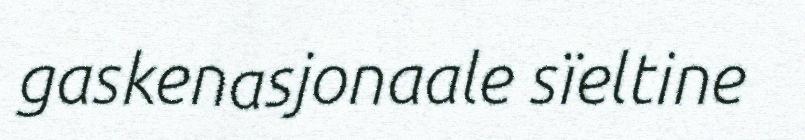
gaskenasjonaale sïeltine